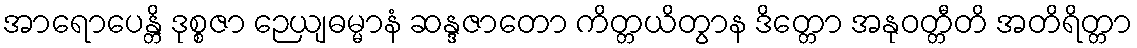
အာရောပေန္တိ ဒုစ္စဇာ ဉေယျဓမ္မာနံ ဆန္ဒဇာတော ကိတ္တယိတွာန ဒိတ္တော အနုဝတ္တီတိ အတိရိတ္တာ